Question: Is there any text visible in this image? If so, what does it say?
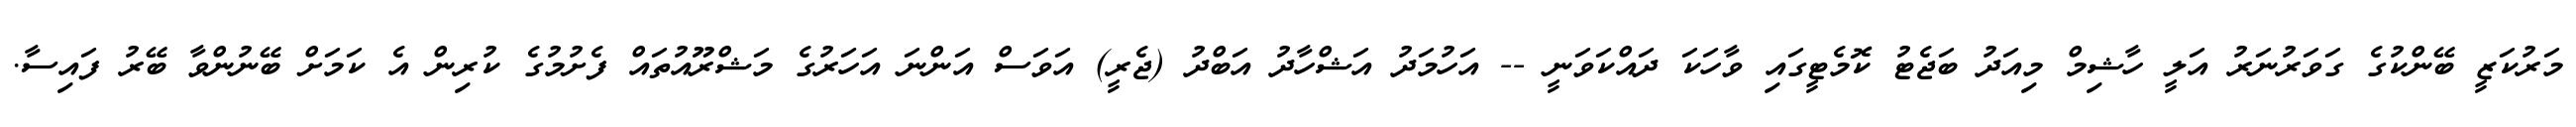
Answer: މަރުކަޒީ ބޭންކުގެ ގަވަރުނަރު އަލީ ހާޝިމް މިއަދު ބަޖެޓު ކޮމެޓީގައި ވާހަކަ ދައްކަވަނީ -- އަހުމަދު އަޝްހާދު އަބްދު (ޖެރީ) އަވަސް އަންނަ އަހަރުގެ މަޝްރޫއުތައް ފެށުމުގެ ކުރިން އެ ކަމަށް ބޭނުންވާ ބޭރު ފައިސާ.